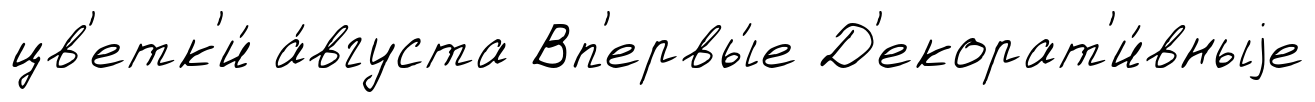
цв'етк'и́ а́вгуста Вп'ервы́е Д'екорат'и́вныjе